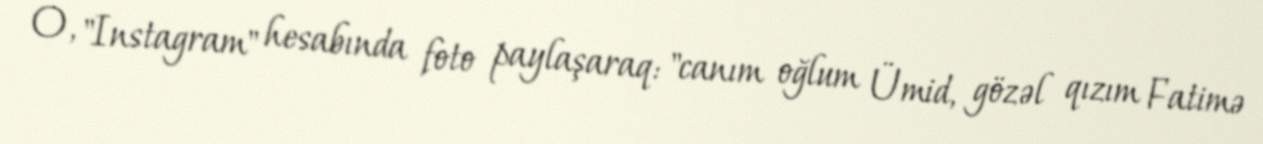
O, "Instagram" hesabında foto paylaşaraq: "canım oğlum Ümid, gözəl qızım Fatimə